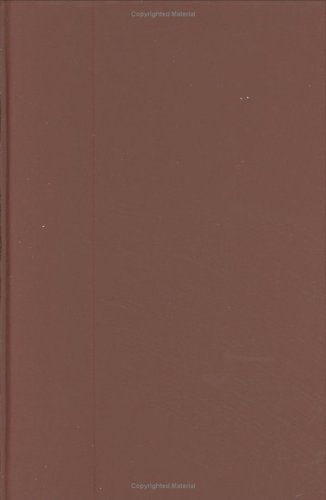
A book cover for Analytic Theory of Continued Fractions (AMS Chelsea Publishing); Hubert Stanley Wall; Science & Math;